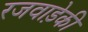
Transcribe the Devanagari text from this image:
रजवाड़ेकी